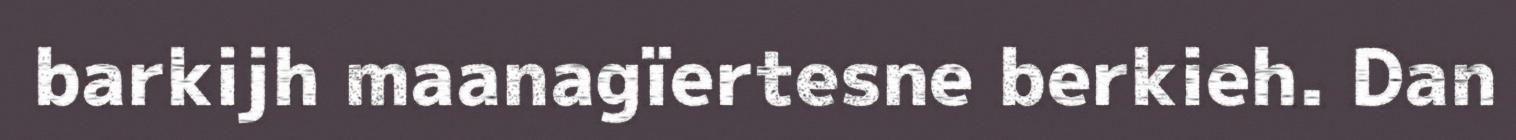
barkijh maanagïertesne berkieh. Dan